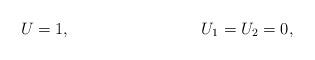
LaTeX: \begin{align*} &U=1,&U_1=U_2=0,\end{align*}